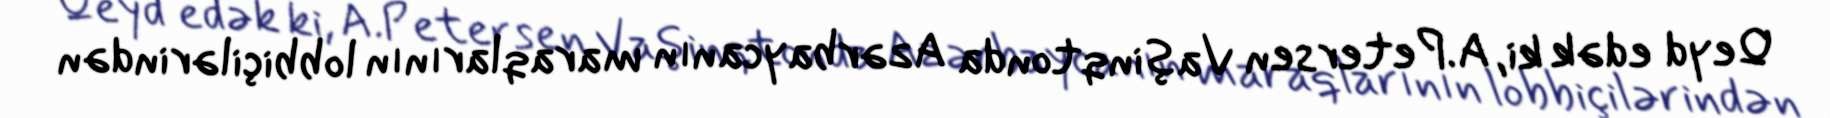
Qeyd edək ki, A.Petersen Vaşinqtonda Azərbaycanın maraqlarının lobbiçilərindən